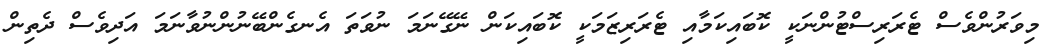
މިވަރުންވެސް ޓެރަރިސްޓުންނަކީ ކޮބައިކަމާއި ޓެރަރިޒަމަކީ ކޮބައިކަން ނޭގޭނަމަ ނުވަތަ އެނގެންބޭނުންނުވާނަމަ އަދިވެސް ދެތިން